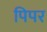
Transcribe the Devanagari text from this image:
पिपर